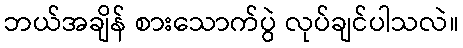
ဘယ်အချိန် စားသောက်ပွဲ လုပ်ချင်ပါသလဲ။